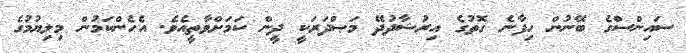
ސައިންސްގެ ބޭނުން ހިފާނެ ގޮތުގެ އިރުޝާދުދޭ މަޞްދަރަކީ ދީން ކަމަށްވާތީއެވެ. އެހެންކަމުން މިލިޔުމުގެ